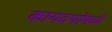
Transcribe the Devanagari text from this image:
कायदयांमध्ये